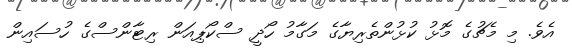
އެވެ. މި މެޗުގެ މޮޅު ކުޅުންތެރިޔާގެ މަގާމު ހޯދީ ސްކޯޕިއަން ރިޓާންސްގެ ހުސައިން